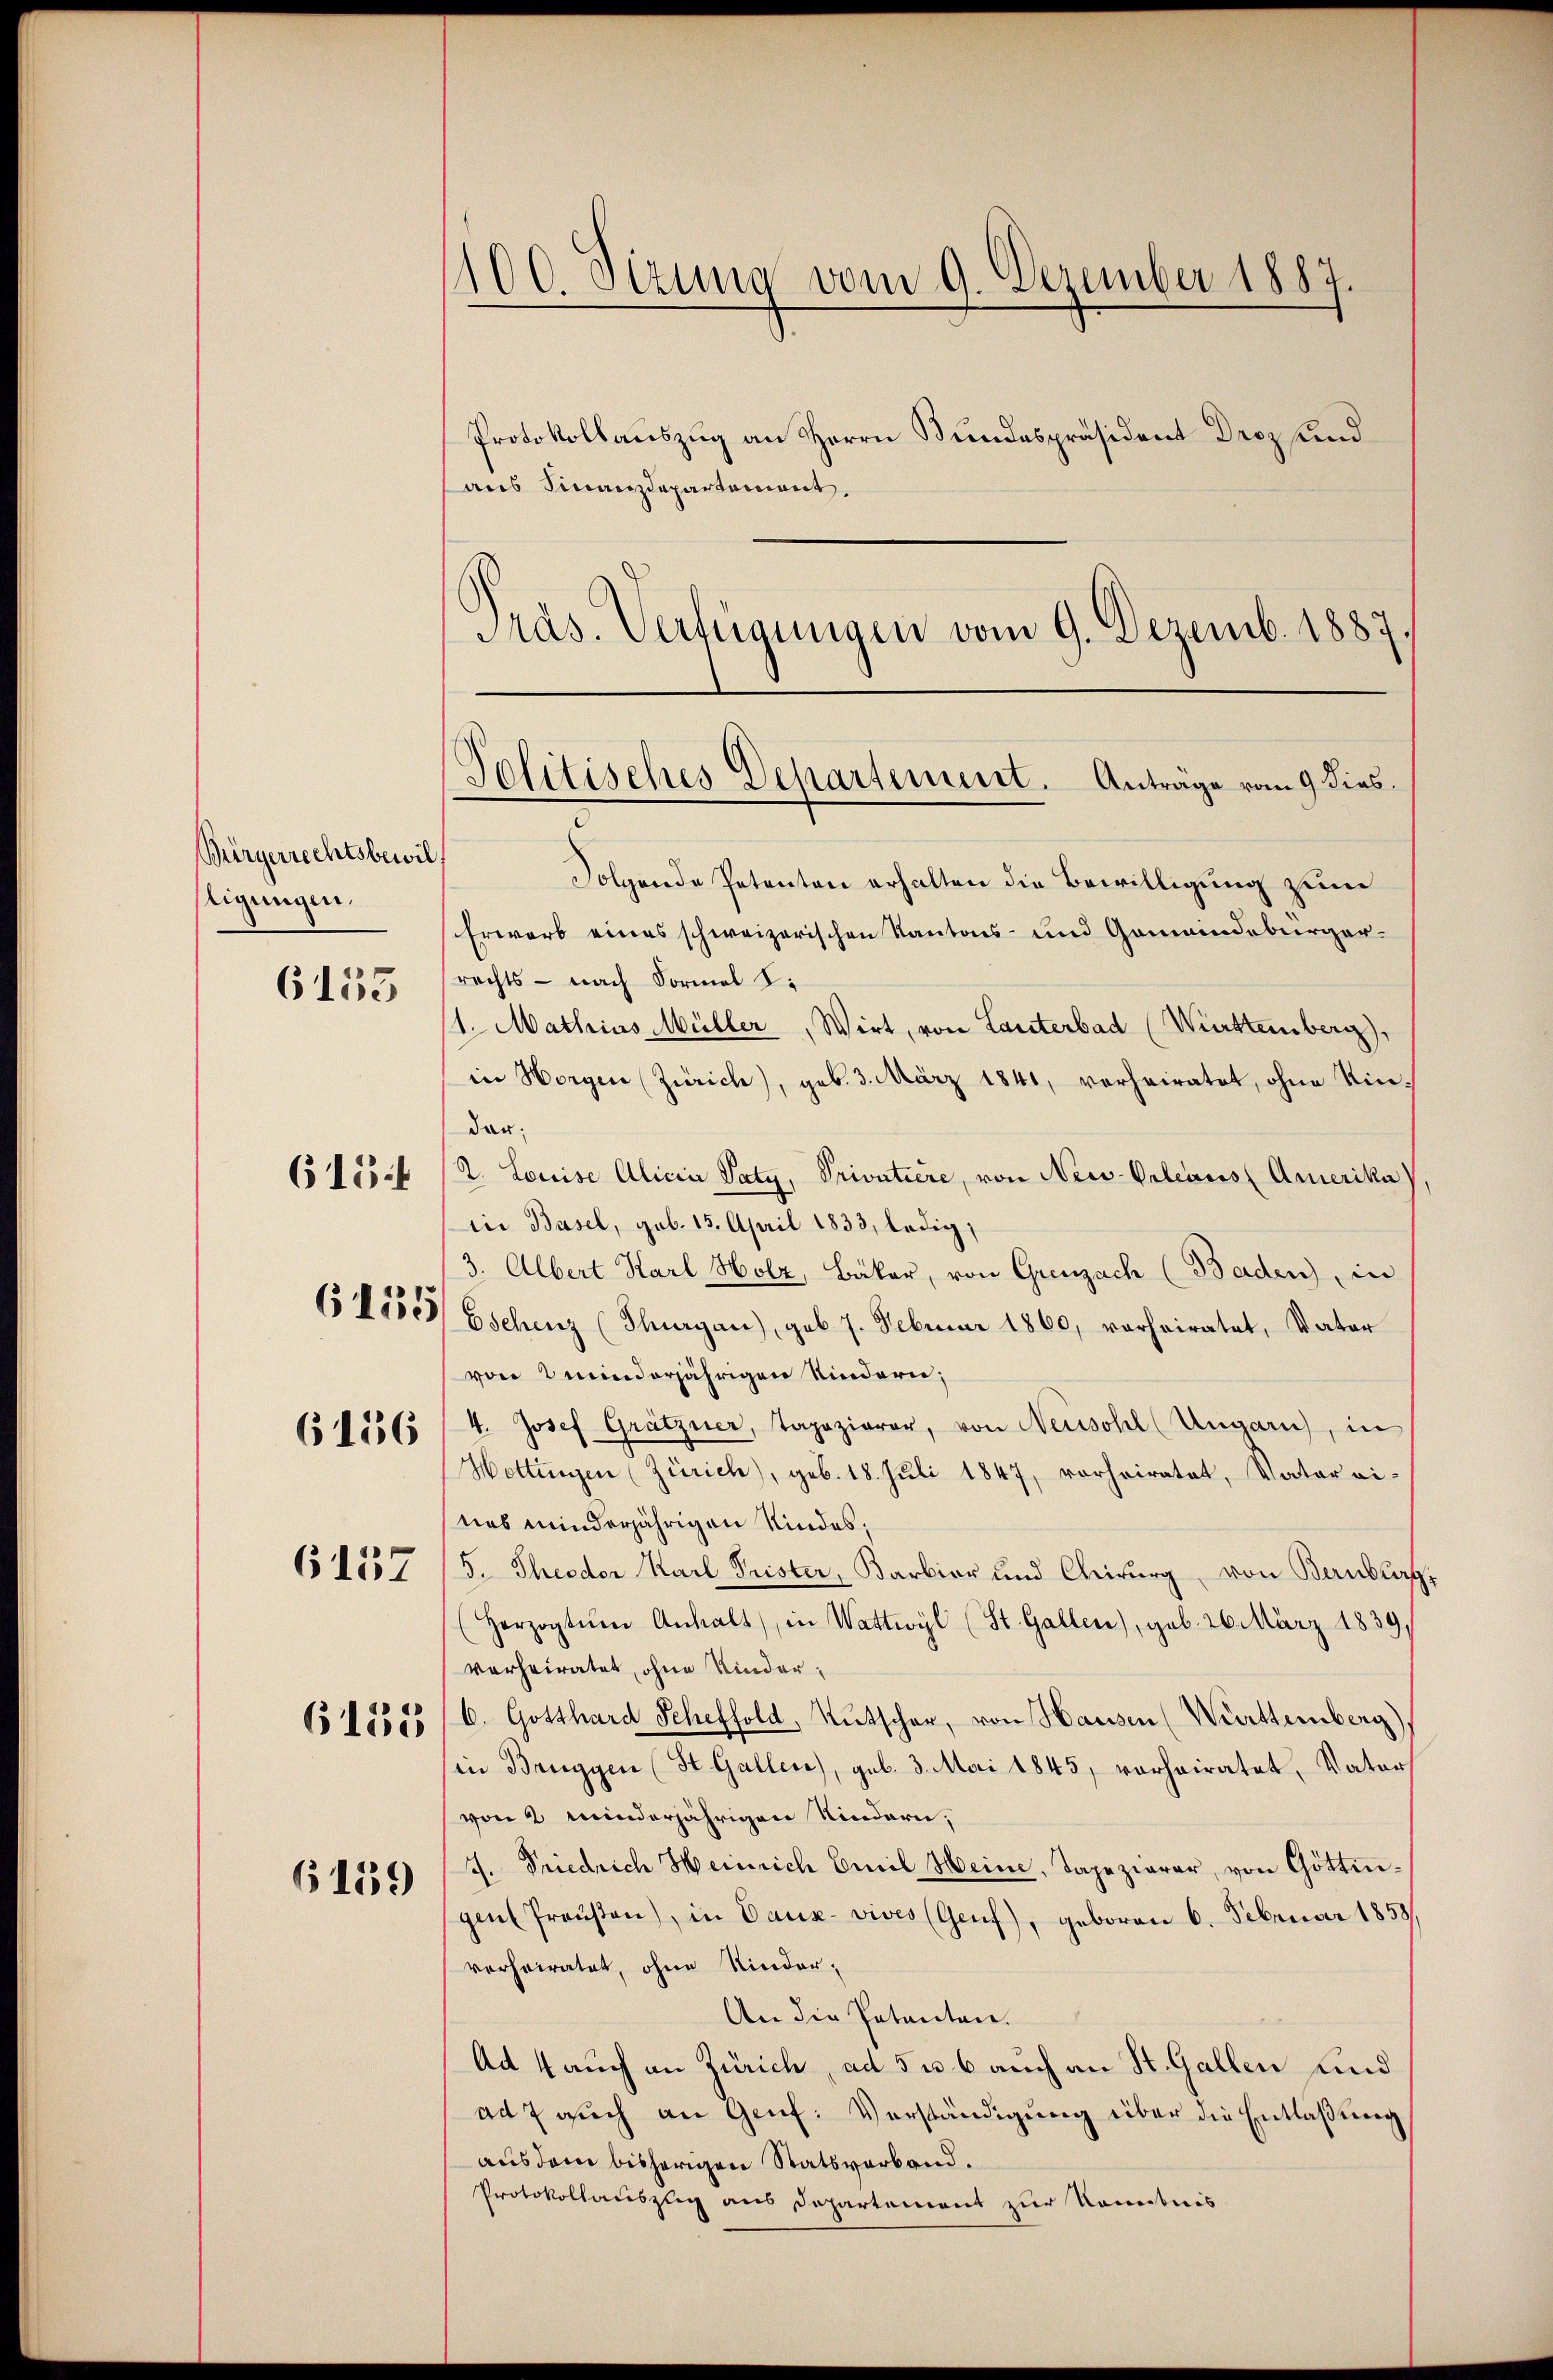
Bürgerrechtsbewilstigungen.

6155

615.

6156

6157

6135

6159

100. Sizung vom 9. Dezember 1887.

Protokollauszug an Herrn Bundespräsident Droz und
aus Finanzdepartement.
Präs. Verfügungen vom 9. Dezemb. 1887.

Folgende Petenten erhalten die Bewilligung zum
Erwarb eines schweizerischen Kantons- und Gemeindebürgerrechts - nach Formel S.
11. Mathias Müller, Wirt, von Lauterbad (Württemberg),
in Horgen (Zürich), geb. 3. März 1841, verheiratet, ohne Kindau.
2. Louise Alicia Paty, Privatiere, von New-Orleaus Amerika),
in Basel, geb. 15. April 1833, ledig,
3. Albert Karl Holz, Bakar, von Greuzach (Baden, in
 11525/ Gschinz (Thurgau), geb. 7. Februar 1860, vorheiratet, Vater
von minderjährigen Kindern;
4. Josef Grätzner, Tapeziarer, von Neuschl (Ungaris, in
Hottingen (Zürich), geb. 18. Jŭli 1847, vorheiratet, Vater vi-
nas minderjährigen Kindes;
5. Theodor Karl Prister, Barbier und Chirurg, von Bernburg,
Herzogtŭm Anhalt, in Wattwyl (St. Gallen), geb. 26. März 1839.
verheiratet, ohne Kinder¬
6. Gotthard Scheffold, Rutscher, von Hausen (Württemberg),
in Bruggen (St. Gallen), geb. 3. Mai 1845, vorheiratet, Vater,
von 2 minderjährigen Niederei;
7. Friedrich Heinrich Emil Heine, Tapezierer, von Göttin-
genfreŭβen, in Daux- vives (Genf), geboren 6. Februar 1858/
verheiratet, ohne Kinder¬
An die Patenten.
Ad 4 auch an Zürich, ad 5 u 6 auch an St. Gallen und
ad 7 auch an Genf. Vorständigung über die Entlaßung
aus dem bisherigen Statsverband.
Protokollauszug aus Departement zur Kenntnis

Politisches Departement. Antrage vom 9 dies